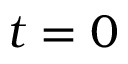
t = 0